Civil Veterinary Department. United Provinces 1932-42 - 1932-1942
Year: 1932
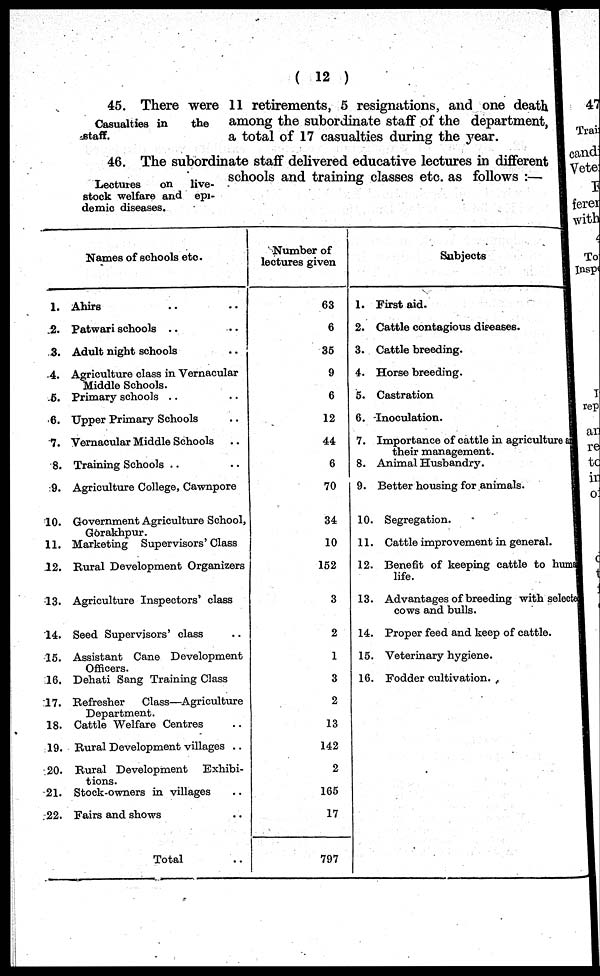
( 12 )
Casualties in
the
staff.
45. There were 11 retirements, 5 resignations, and one death
among the subordinate staff of the department,
a total of 17 casualties during the year.
Lectures
on
live-
stock welfare and epi-
demic diseases.
46. The subordinate staff delivered educative lectures in different
schools and training classes etc. as follows:—
1.
2.
3.
4.
6.
6.
7.
8.
9.
10.
11.
12.
13.
14.
15.
16.
17.
18.
19.
20.
21.
22.
Names of schools etc.
Ahirs .. ..
Patwari schools .. ..
Adult night schools ..
Agriculture class in Vernacular
Middle Schools.
Primary schools .. ..
Upper Primary Schools ..
Vernacular Middle Schools ..
Training Schools .. ..
Agriculture College, Cawnpore
Government Agriculture School,
Gorakhpur.
Marketing Supervisors' Class
Rural Development Organizers
Agriculture Inspectors' class
Seed Supervisors' class ..
Assistant Cane Development
Officers.
Dehati Sang Training Class
Refresher
Class—Agriculture
Department.
Cattle Welfare Centres ..
Rural Development villages ..
Rural Development
Exhibi-
tions.
Stock-owners in villages ..
Fairs and shows ..
Total ..
Number of
lectures given
63
6
35
9
6
12
44
6
70
34
10
152
3
2
1
3
2
13
142
2
165
17
797
1.
2.
3.
4.
5.
6.
7.
8.
9.
10.
11.
12.
13.
14.
15.
16.
Subjects
First aid.
Cattle contagious diseases.
Cattle breeding.
Horse breeding.
Castration
Inoculation.
Importance of cattle in agriculture
their management.
Animal Husbandry.
Better housing for animals.
Segregation.
Cattle improvement in general.
Benefit of keeping cattle to human
life.
Advantages of breeding with select
cows and bulls.
Proper feed and keep of cattle.
Veterinary hygiene.
Fodder cultivation.